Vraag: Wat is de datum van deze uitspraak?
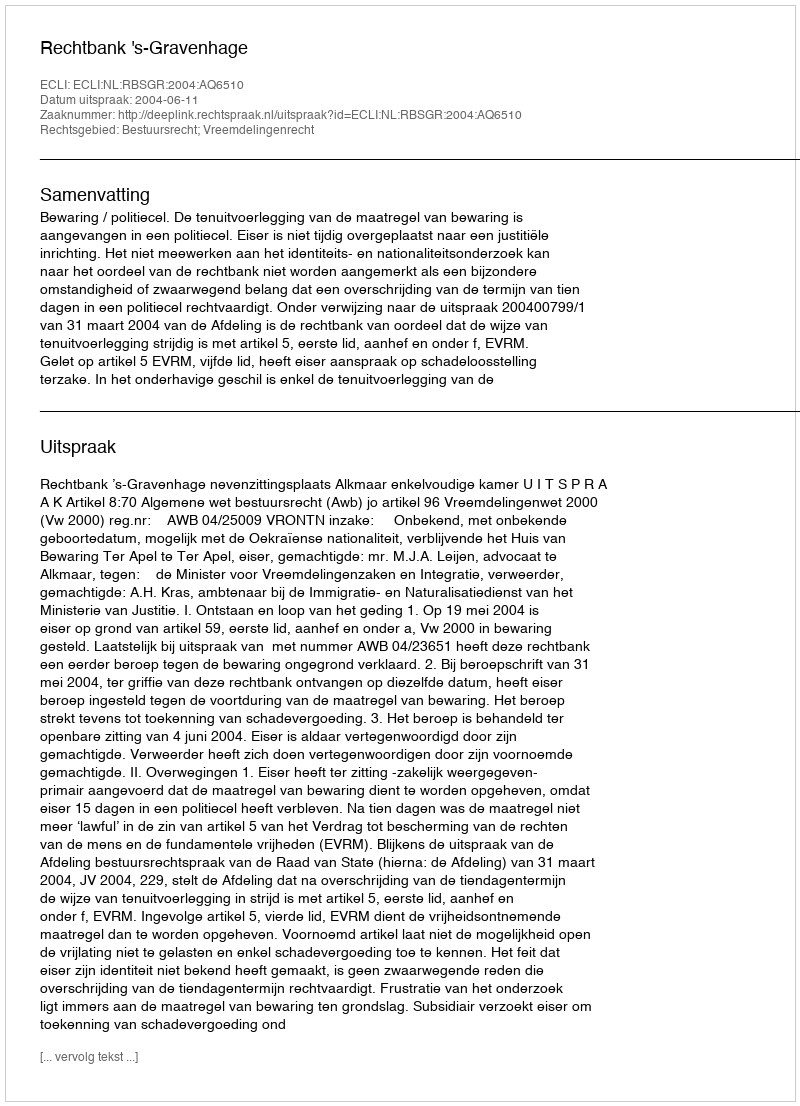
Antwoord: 2004-06-11